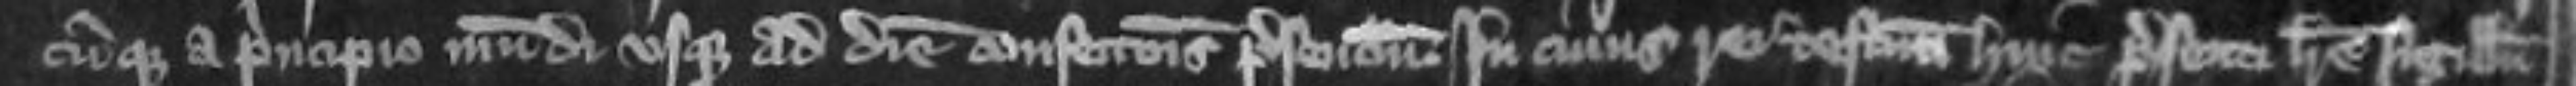
cumque a principio mundi usque ad diem confectionis presentium In cuius rei testimonio huic presenti littere sigillum